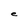
Character: e